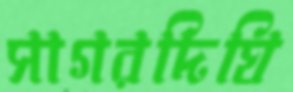
সাগরদিঘি